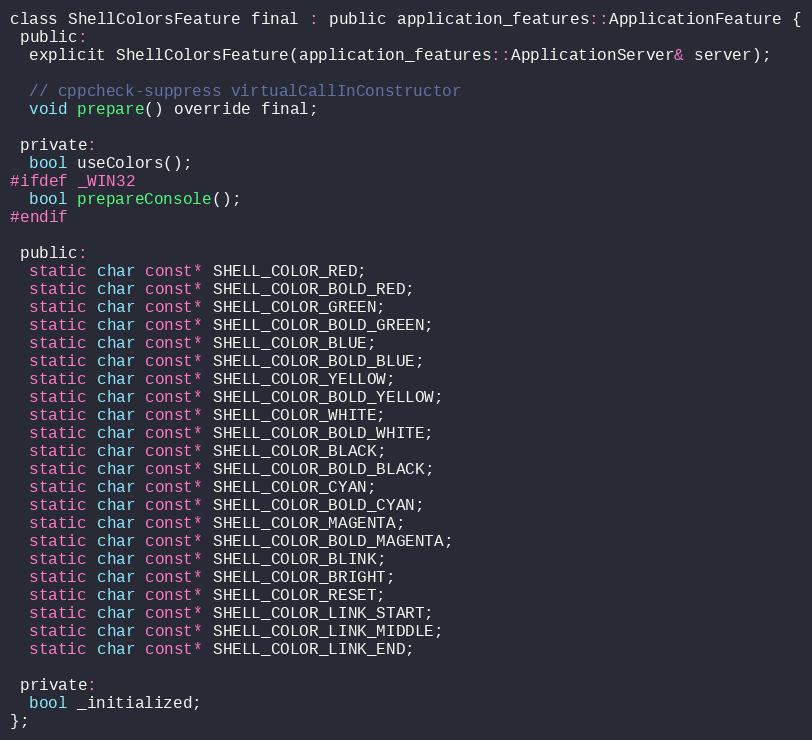
Language: C
class ShellColorsFeature final : public application_features::ApplicationFeature {
 public:
  explicit ShellColorsFeature(application_features::ApplicationServer& server);

  // cppcheck-suppress virtualCallInConstructor
  void prepare() override final;

 private:
  bool useColors();
#ifdef _WIN32
  bool prepareConsole();
#endif

 public:
  static char const* SHELL_COLOR_RED;
  static char const* SHELL_COLOR_BOLD_RED;
  static char const* SHELL_COLOR_GREEN;
  static char const* SHELL_COLOR_BOLD_GREEN;
  static char const* SHELL_COLOR_BLUE;
  static char const* SHELL_COLOR_BOLD_BLUE;
  static char const* SHELL_COLOR_YELLOW;
  static char const* SHELL_COLOR_BOLD_YELLOW;
  static char const* SHELL_COLOR_WHITE;
  static char const* SHELL_COLOR_BOLD_WHITE;
  static char const* SHELL_COLOR_BLACK;
  static char const* SHELL_COLOR_BOLD_BLACK;
  static char const* SHELL_COLOR_CYAN;
  static char const* SHELL_COLOR_BOLD_CYAN;
  static char const* SHELL_COLOR_MAGENTA;
  static char const* SHELL_COLOR_BOLD_MAGENTA;
  static char const* SHELL_COLOR_BLINK;
  static char const* SHELL_COLOR_BRIGHT;
  static char const* SHELL_COLOR_RESET;
  static char const* SHELL_COLOR_LINK_START;
  static char const* SHELL_COLOR_LINK_MIDDLE;
  static char const* SHELL_COLOR_LINK_END;

 private:
  bool _initialized;
};